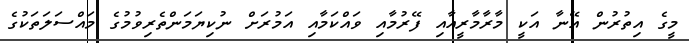
މީގެ އިތުރުން އޭނާ އަކީ މާރާމާރީއާއި ފޭރުމާއި ވައްކަމާއި އަމުރަށް ނުކިޔަމަންތެރިވުމުގެ މައްސަލަތަކުގެ